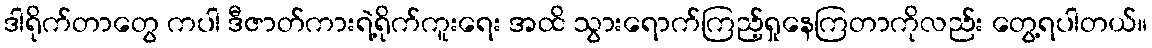
ဒါရိုက်တာတွေ ကပါ ဒီဇာတ်ကားရဲ့ရိုက်ကူးရေး အထိ သွားရောက်ကြည့်ရှုနေကြတာကိုလည်း တွေ့ရပါတယ်။